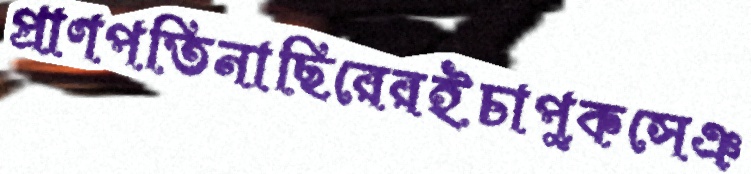
প্রাণপতিনাছিরেরইচাপুকসেঞ্